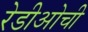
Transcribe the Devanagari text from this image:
रेडीओची